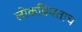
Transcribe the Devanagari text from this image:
लोकप्रियताच